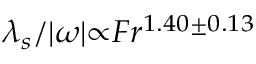
\lambda _ { s } / { \vert } \omega { \vert } { \propto } F r ^ { 1 . 4 0 { \pm } 0 . 1 3 }